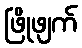
ဖြိုဖျက်